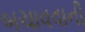
બચાવવાની